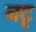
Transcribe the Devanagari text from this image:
बटृ